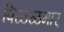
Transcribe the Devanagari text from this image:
पिळ्ळमार्